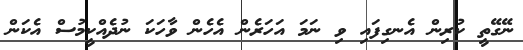
ނޭގޭތީ ކުރިން އެނގިފައި ވި ނަމަ އަހަރެން އެހެން ވާހަކަ ނުދެއްކީމުސް އެކަން